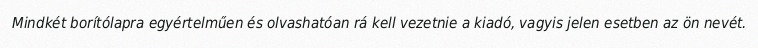
Mindkét borítólapra egyértelműen és olvashatóan rá kell vezetnie a kiadó, vagyis jelen esetben az ön nevét.